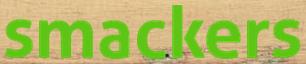
smackers